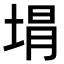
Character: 𭎯